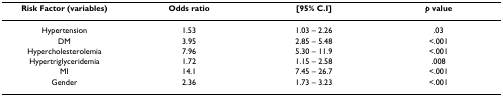
<table><thead><tr><td><b>Risk Factor (variables)</b></td><td><b>Odds ratio</b></td><td><b>[95% C.I]</b></td><td><b><i>p </i>value</b></td></tr></thead><tbody><tr><td>Hypertension</td><td>1.53</td><td>1.03 – 2.26</td><td>.03</td></tr><tr><td>DM</td><td>3.95</td><td>2.85 – 5.48</td><td>&lt;.001</td></tr><tr><td>Hypercholesterolemia</td><td>7.96</td><td>5.30 – 11.9</td><td>&lt;.001</td></tr><tr><td>Hypertriglyceridemia</td><td>1.72</td><td>1.15 – 2.58</td><td>.008</td></tr><tr><td>MI</td><td>14.1</td><td>7.45 – 26.7</td><td>&lt;.001</td></tr><tr><td>Gender</td><td>2.36</td><td>1.73 – 3.23</td><td>&lt;.001</td></tr></tbody></table>